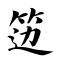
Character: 笾